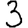
Digit: 3